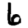
Digit: 6